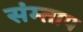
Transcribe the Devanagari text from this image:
संम्ताप